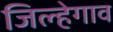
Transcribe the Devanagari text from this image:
जिल्हेगाव